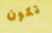
تكون